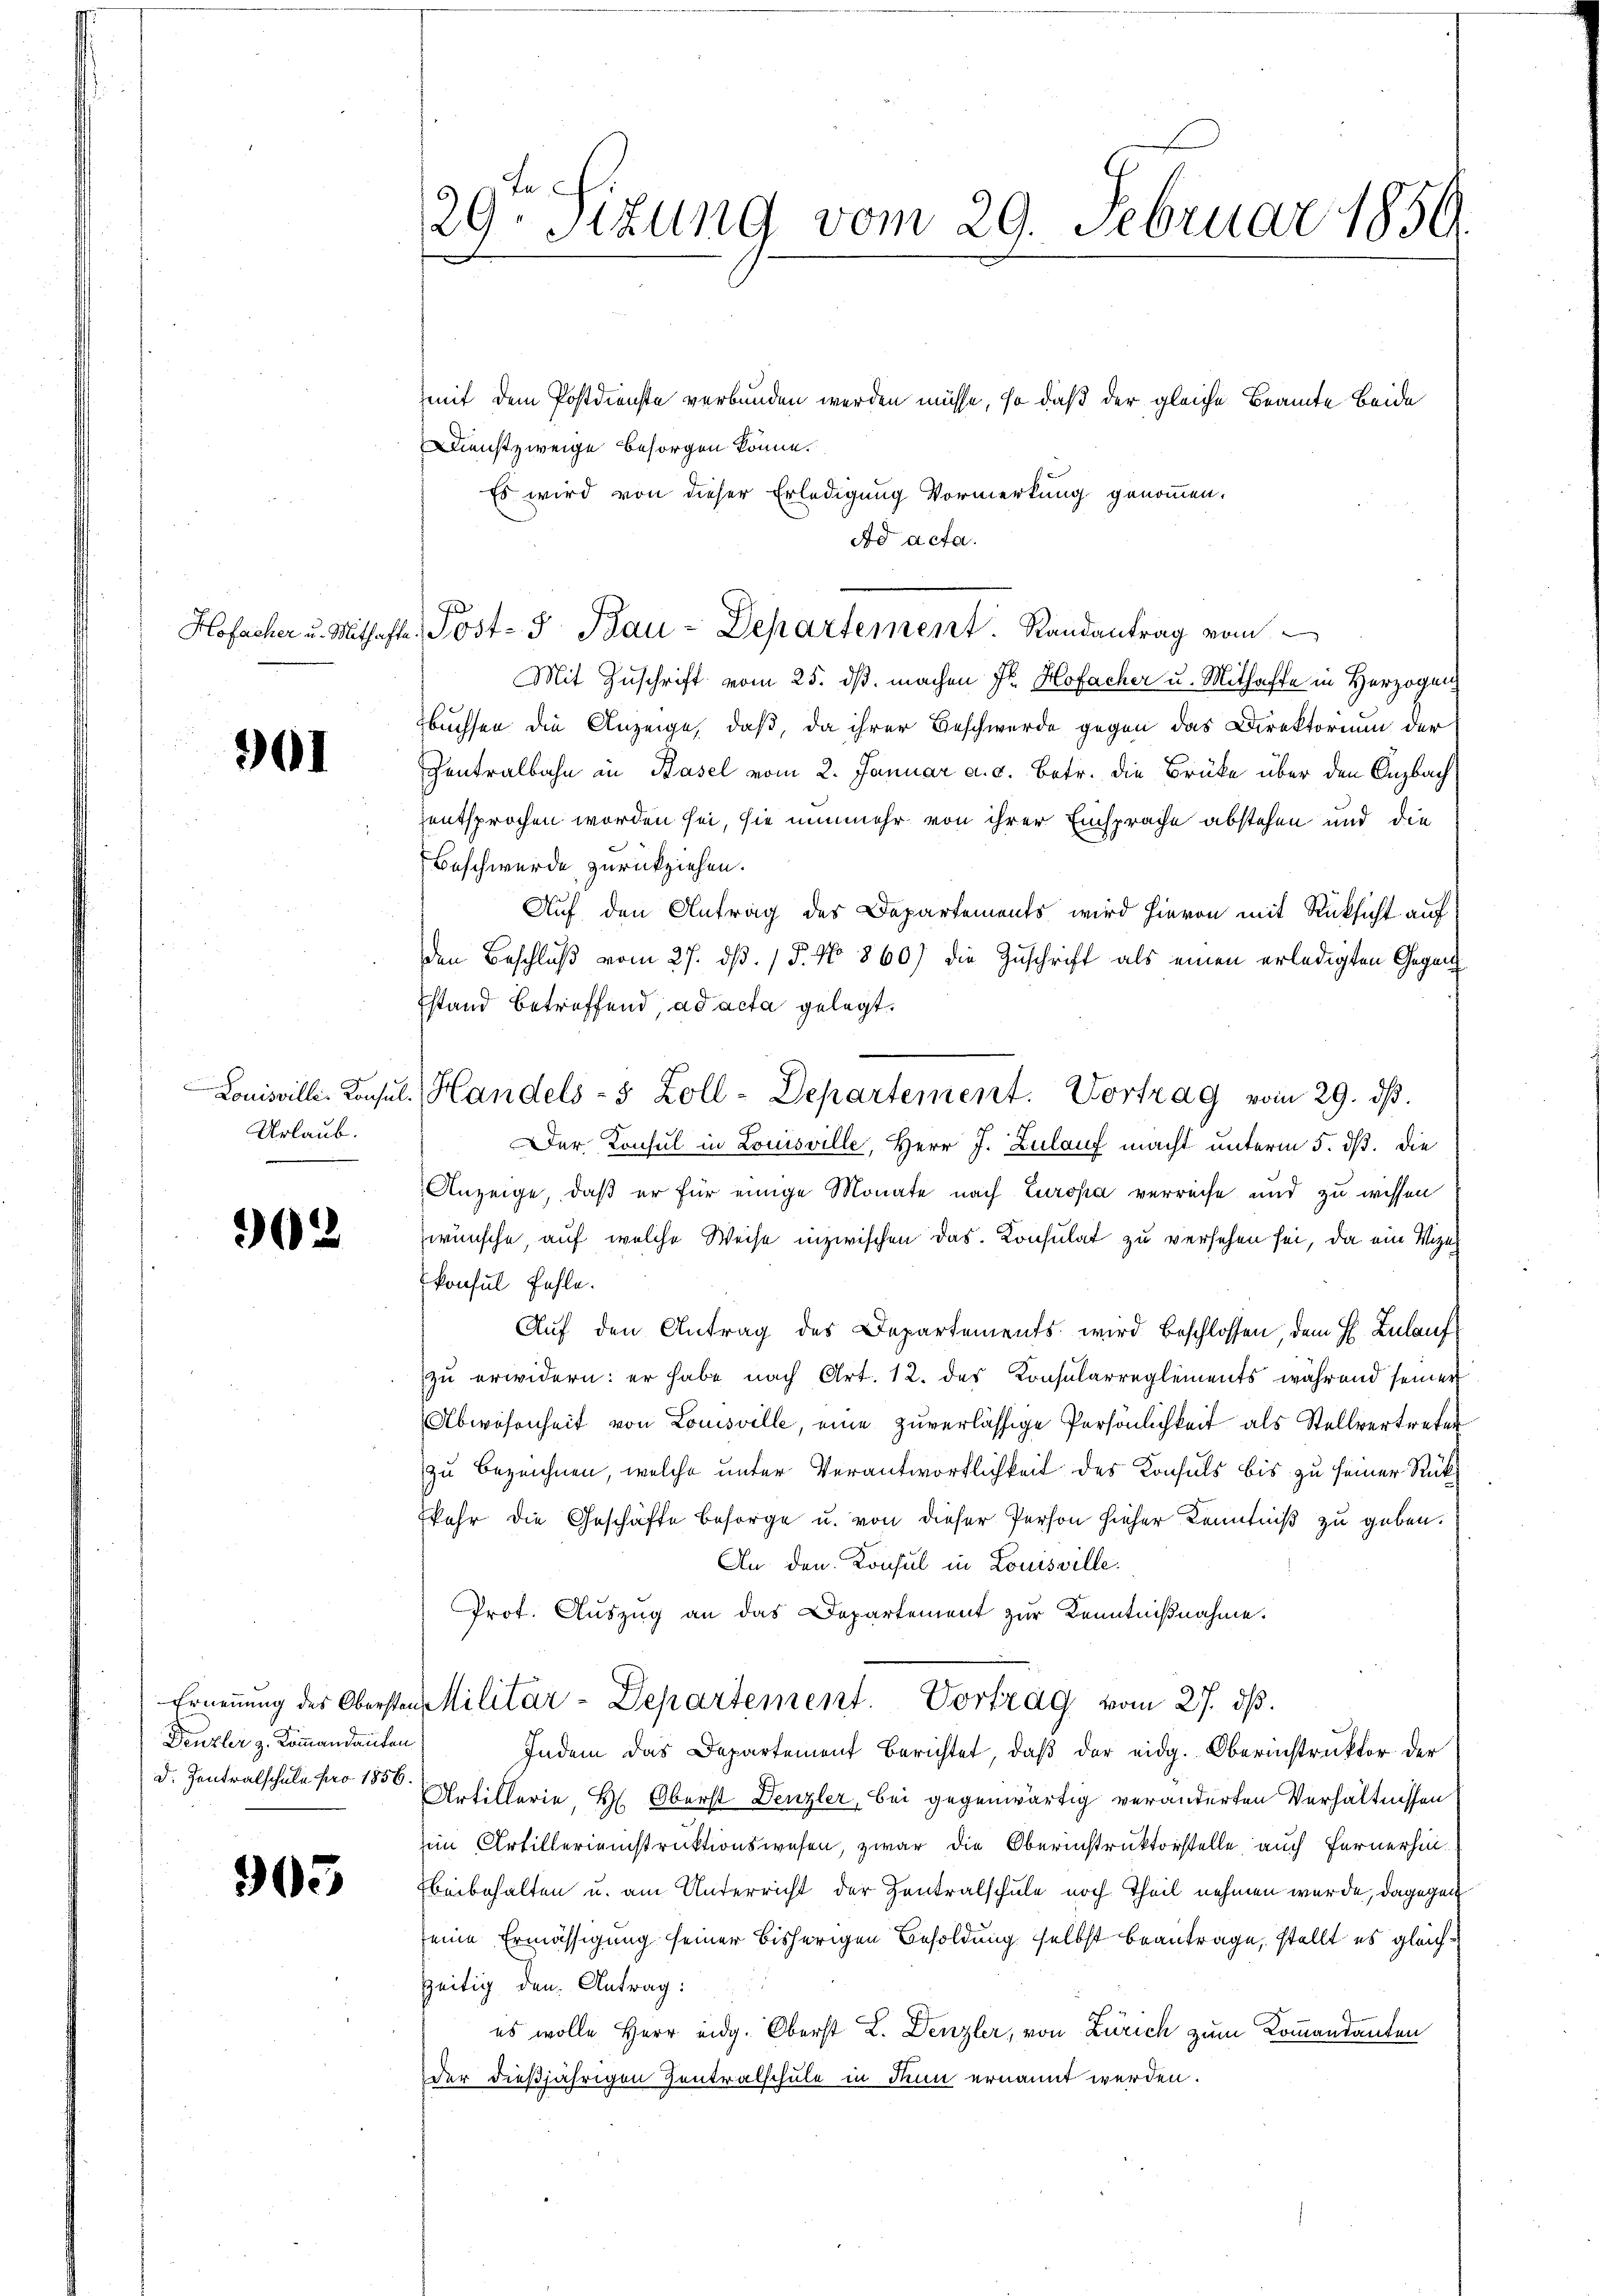
361

Urlaub.

962

Ernennung des Obersten
Denzler z. Kommandanten
D. Zentralschule pro 1856.

905

29. Sitzung vom 29. Februar 1859.

mit dem Postdienste verbunden werden müsse, so daß der gleiche Beamte beide
Dienstzweige besorgen könne.
Es wird von dieser Erledigung Vormerkung genommen.
Ad acta.

Hofacher u. Mithafte. Post- 5. Bau-Departement. Randantrag vom

Mit Zuschrift vom 25. ds. machen Fr. Hofacher u. Mithafte in Herzogen
Buffen die Anzeige, daß, da ihrer Beschwerde gegen das Direktorium der
Contralbahn in Basel vom 2. Januar a. d. Betr. die Brücke über den Anzbach
entsprochen worden sei, sie nunmehr von ihrer Einsprache abstehen und die
Beschwerde zurückziehen.
Auf den Antrag des Departements wird hievon mit Rücksicht auf
den Beschluß vom 27. dß. / 5. No 860) die Zuschrift als einen erledigten Gegenstand betreffend, ad acta gelegt.
Louisville Konsul Handels- 5 Zoll-Departement. Vortrag vom 29. dβ.
Der Konsul in Louisville, Herr J. Zulauf macht unterm 5. dß. die
Anzeige, daß er für einige Monate nach Europa verreche und zu wissen
zwünsche, auf welche Weise inzwischen das. Konsulat zu versehen sei, da ein Vize
konsul fehle.
Auf den Antrag des Departements wird beschlossen, dem H. Zulauf
zu erwidern: er habe nach Art. 12. des Konsularreglements während seiner
Abwesenheit von Louisville, eine zuverlässige Persönlichkeit als Stellvertreter
zu bezeichnen, welche unter Verantwortlichkeit des Konsuls bis zu seiner Rück¬
Skehr die Geschäfte besorge u. von dieser Person hieher Kenntniß zu geben.
An den Konsul in Louisville.
Prot. Auszug an das Departement zur Kenntnißnahme.
Militär-Departement. Vortrag vom 27. ds.
Indem das Departement berichtet, daβ der eidg. Oberinstruktor der
Artillerie, H. Oberst Denzler, bei gegenwärtig veränderten Verhältnissen
sein Artillerieinstruktionswesen, zwar die Oberinstruktorstelle, auch fernerhin
beibehalten u. am Unterricht der Zentralschule noch Theil nehmen wurde, dagegen
seine Ermässigung seiner bisherigen Besoldung selbst beantrage, stellt es gleichzeitig den Antrag:
es wolle Herr eidg. Oberst L. Denzler, von Zürich zum Kommandanten
der dießjährigen Zentralschule in denn ernannt werden.